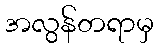
အလွန်တရာမှ